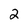
Character: 2